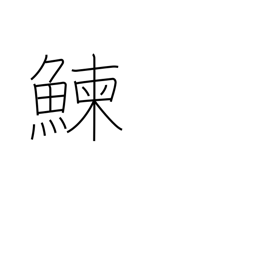
Meaning: herring